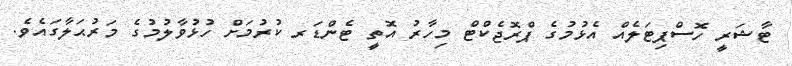
ޓާޝަރީ ހޮސްޕިޓަލެއް އެޅުމުގެ ޕްރޮޖެކްޓް މިހާރު އޮތީ ޓެންޑަރ ކުރުމަށް ހުޅުވާލުމުގެ މަރުޙަލާގައެވެ.